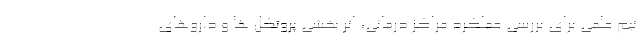
تیم علمی برای بررسی عملکرد مراکز درمانی، اثر بخشی پروتکل ها و داروهای